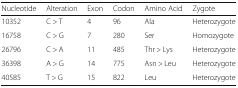
<table><thead><tr><td><b>Nucleotide</b></td><td><b>Alteration</b></td><td><b>Exon</b></td><td><b>Codon</b></td><td><b>Amino Acid</b></td><td><b>Zygote</b></td></tr></thead><tbody><tr><td>10352</td><td>C &gt; T</td><td>4</td><td>96</td><td>Ala</td><td>Heterozygote</td></tr><tr><td>16758</td><td>C &gt; G</td><td>7</td><td>280</td><td>Ser</td><td>Homozygote</td></tr><tr><td>26796</td><td>C &gt; A</td><td>11</td><td>485</td><td>Thr &gt; Lys</td><td>Heterozygote</td></tr><tr><td>36398</td><td>A &gt; G</td><td>14</td><td>775</td><td>Asn &gt; Leu</td><td>Heterozygote</td></tr><tr><td>40585</td><td>T &gt; G</td><td>15</td><td>822</td><td>Leu</td><td>Heterozygote</td></tr></tbody></table>